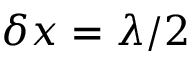
\delta x = \lambda / 2